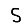
Digit: 5